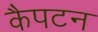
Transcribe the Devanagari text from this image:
कैपटन